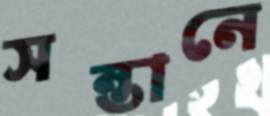
সন্তানে